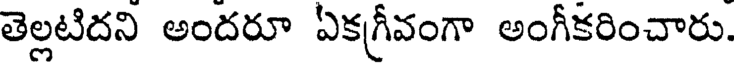
తెల్లటిదని అందరూ ఏకగ్రీవంగా అంగీకరించారు.